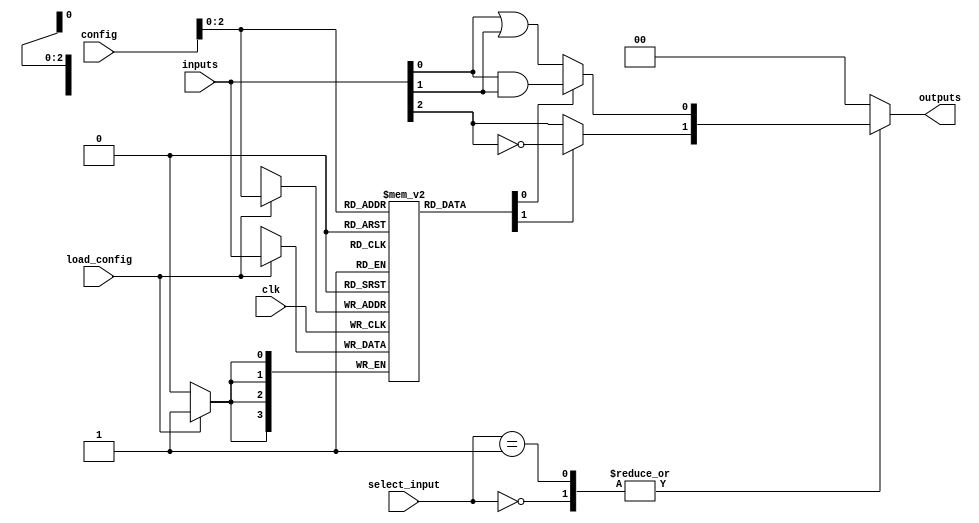
module SRAM_Logic_Block #(
    parameter NUM_INPUTS = 4,
    parameter NUM_CONFIGS = 8,
    parameter NUM_OUTPUTS = 2
)(
    input wire [NUM_INPUTS-1:0] inputs,           // Input signals
    input wire [NUM_CONFIGS-1:0] config,          // Configuration bits
    input wire [2:0] select_input,                // Select input for multiplexers
    input wire load_config,                        // Load configuration signal
    input wire clk,                                // Clock signal
    output reg [NUM_OUTPUTS-1:0] outputs         // Output signals
);

// SRAM cells for configuration
reg [NUM_INPUTS-1:0] sram [0:NUM_CONFIGS-1]; // SRAM array to store configurations
reg [NUM_INPUTS-1:0] selected_inputs;

// Combinational logic
wire [NUM_OUTPUTS-1:0] logic_outputs;

// Logic Function Units
assign logic_outputs[0] = (sram[config][0]) ? (inputs[0] & inputs[1]) : (inputs[0] | inputs[1]); // AND/OR
assign logic_outputs[1] = (sram[config][1]) ? ~inputs[2] : inputs[2]; // NOT

// Output Multiplexers
always @(*) begin
    case (select_input)
        3'b000: outputs = logic_outputs;
        3'b001: outputs = logic_outputs; // Additional routing if needed
        // More cases can be added for further functionality
        default: outputs = 0;
    endcase
end

// Control Logic to Write to SRAM
always @(posedge clk) begin
    if (load_config) begin
        sram[config] <= inputs; // Load configuration into SRAM
    end
end

endmodule